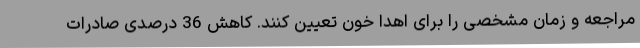
مراجعه و زمان مشخصی را برای اهدا خون تعیین کنند. کاهش 36 درصدی صادرات